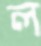
ল